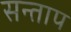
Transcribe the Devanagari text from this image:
सन्‍ताप